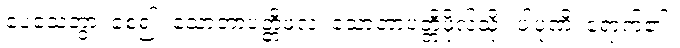
ပေသေတွာ၊ စေ၍။ သောတာပတ္တိဖလံ၊ သောတာပတ္တိဖိုလ်သို့။ ပါပုဏိ၊ ရောက်၏။